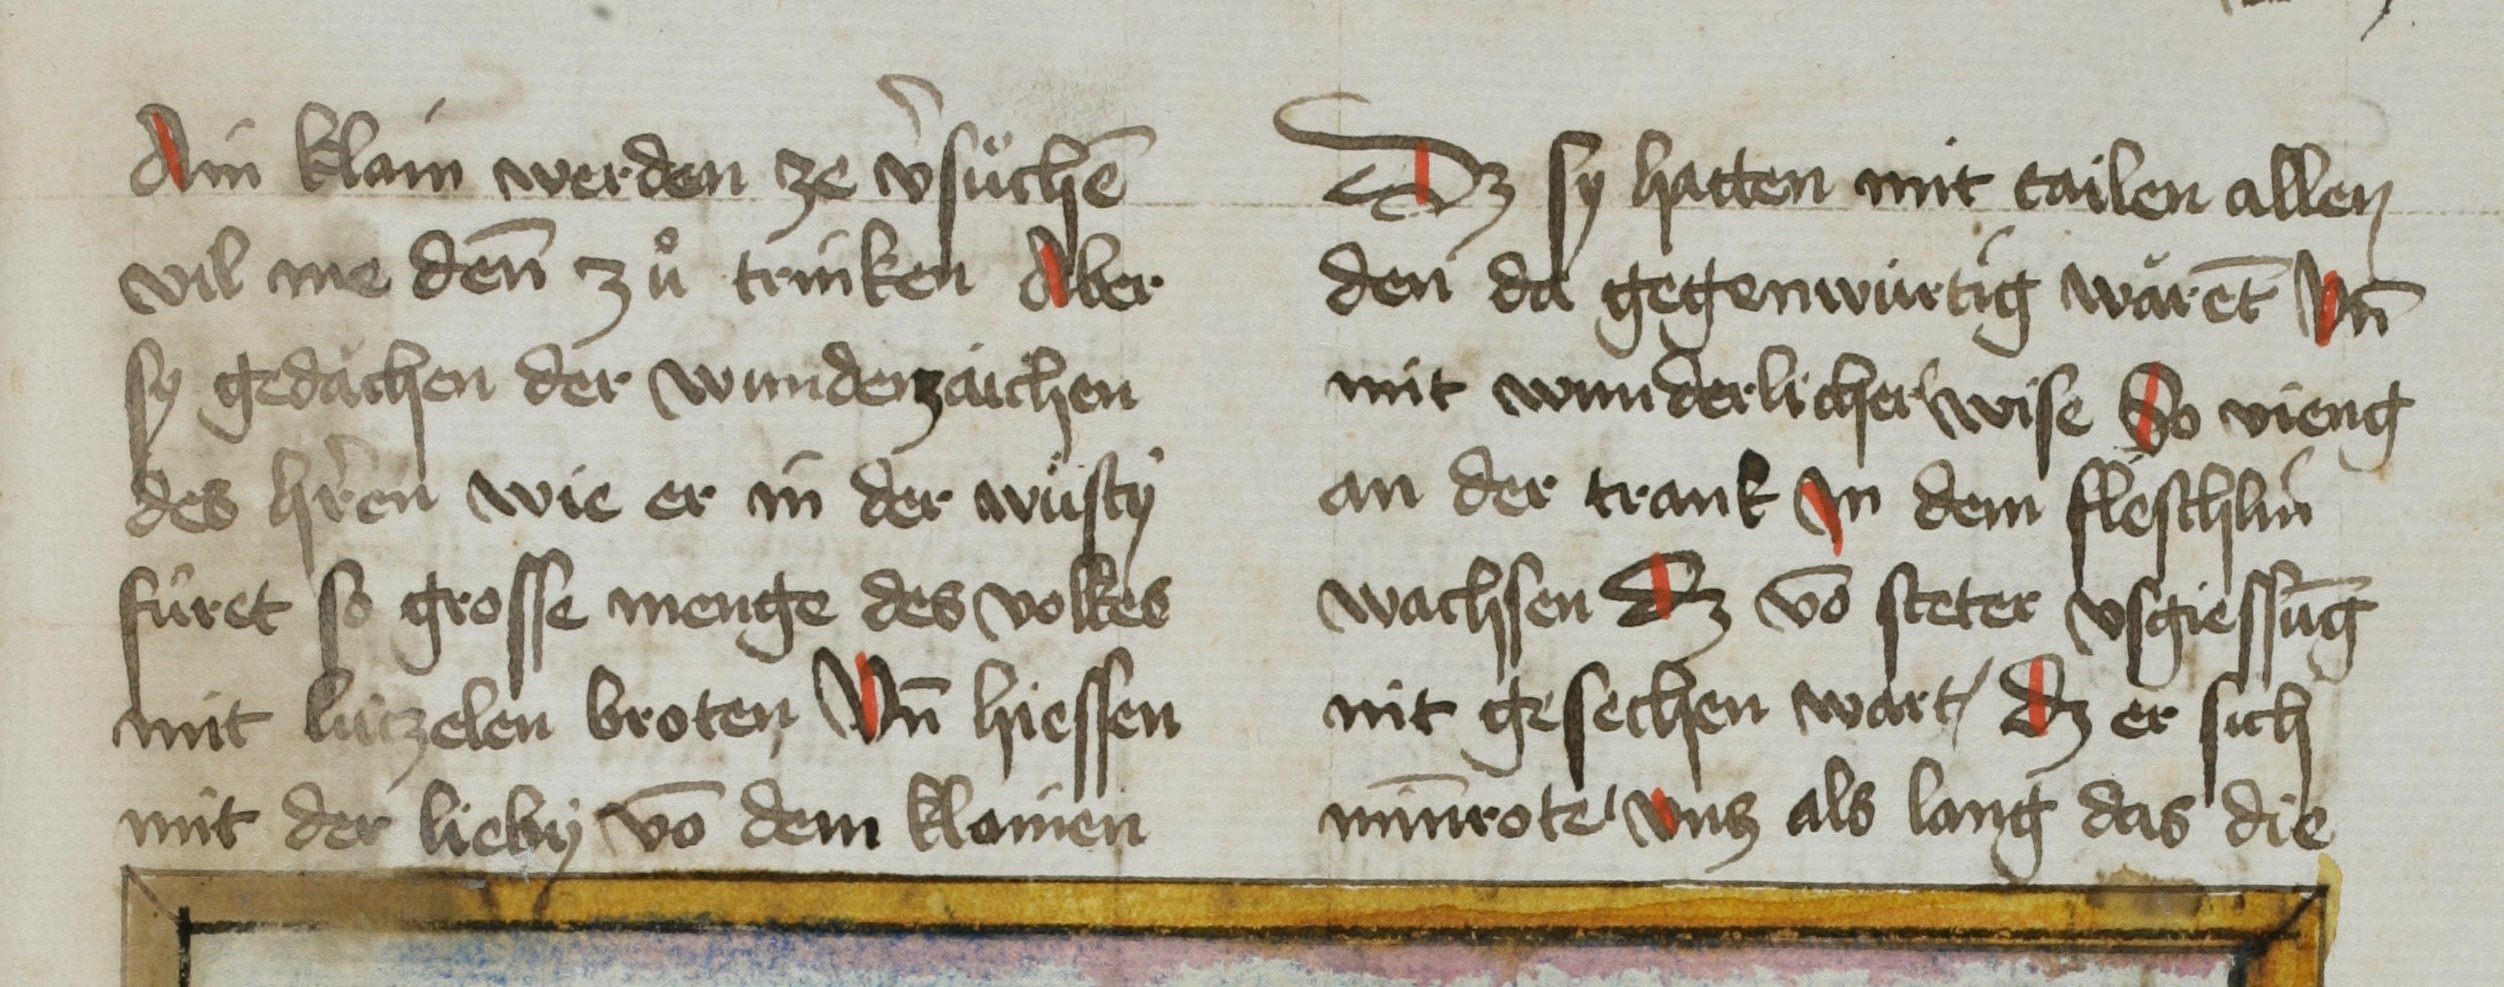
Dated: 1451–1460